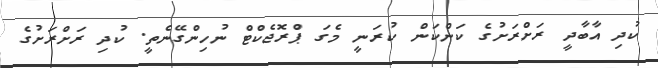
ކުދި އާބާދީ ރަށްރަށުގެ ކަންކަން ކުރަނީ މެގަ ޕްރޮޖެކްޓް ނުހިންގޭނެތީ. ކުދި ރަށްރަށުގެ